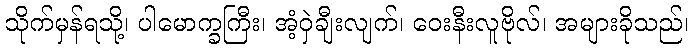
သိုက်မှန်ရသို့၊ ပါမောက္ခကြီး၊ အံ့ဝှဲချီးလျက်၊ ဝေးနီးလူဗိုလ်၊ အများခိုသည်၊